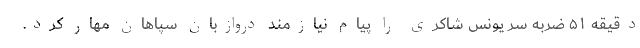
دقیقه ۵۱ ضربه سر یونس شاکری را پیام نیازمند دروازبان سپاهان مهار کرد.